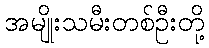
အမျိုးသမီးတစ်ဦးတို့